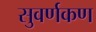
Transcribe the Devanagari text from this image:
सुवर्णकण